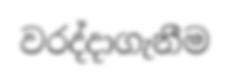
වරද්දාගැනීම